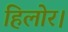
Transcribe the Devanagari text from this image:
हिलोर।